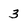
Character: 3